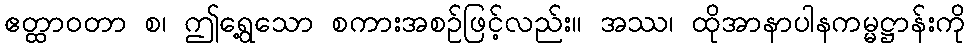
ဧတ္ထာဝတာ စ၊ ဤရွေ့သော စကားအစဉ်ဖြင့်လည်း။ အဿ၊ ထိုအာနာပါနကမ္မဋ္ဌာန်းကို